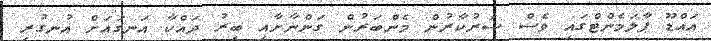
އައްޑޫ ޕާލަމެންޓްގައި ވެސް ސަރުކާރުން މެންބަރުން ގަންނާށާއި ބިރު ދައްކާ އަނގައަށް އުނގުރި